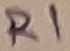
Text: R1